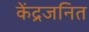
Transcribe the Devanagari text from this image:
केंद्रजनित